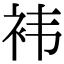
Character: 袆